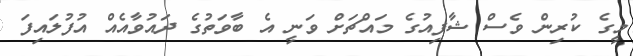
މީގެ ކުރިން ވެސް ޝާފިއުގެ މައްޗަށް ވަނީ އެ ބާވަތުގެ ދައުވާއެއް އުފުލައިފަ